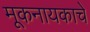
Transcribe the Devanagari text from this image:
मूकनायकाचे